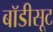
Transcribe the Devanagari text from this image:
बाॅडीसूट